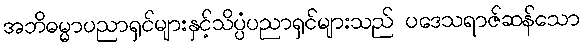
အဘိဓမ္မာပညာရှင်များနှင့်သိပ္ပံပညာရှင်များသည် ပဒေသရာဇ်ဆန်သော